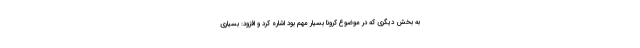
به بخش دیگری که در موضوع کرونا بسیار مهم بود اشاره کرد و افزود: بسیاری